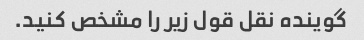
گوینده نقل قول زیر را مشخص کنید.